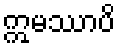
ဣမဿာပိ